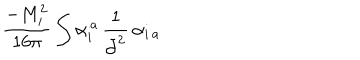
LaTeX: \frac { - M _ { i } ^ { 2 } } { 1 6 \pi } \int \alpha _ { i } ^ { \, a } \, \frac { 1 } { \bar { \partial } ^ { 2 } } \, \alpha _ { i \, a }